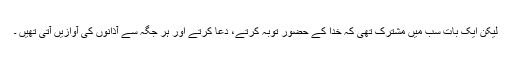
لیکن ایک بات سب میں مشترک تھی کہ خدا کے حضور توبہ کرتے، دعا کرتے اور ہر جگہ سے آذانوں کی آوازیں آتی تھیں ۔